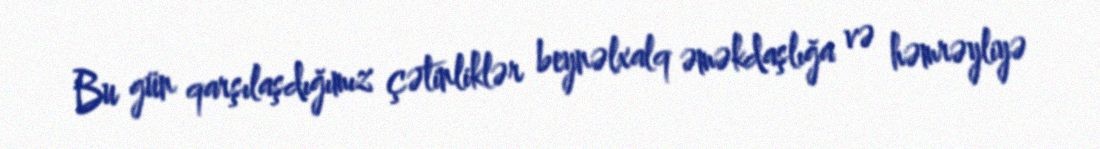
Bu gün qarşılaşdığımız çətinliklər beynəlxalq əməkdaşlığa və həmrəyliyə